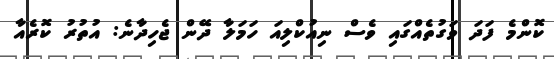
ކޮންމެ ފަދަ ވަގުތެއްގައި ވެސް ނިއުކްލިއަ ހަމަލާ ދޭން ޖެހިދާނެ: އުތުރު ކޮރެއާ